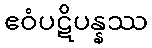
ဧဝံပဋိပန္နဿ